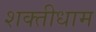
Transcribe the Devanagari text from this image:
शक्तीधाम